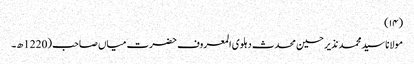
(۱۴)
مولانا سید محمد نذیر حسین محدث دہلوی المعروف حضرت میاں صاحب (1220ھ۔